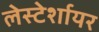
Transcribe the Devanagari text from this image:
लेस्टेर्शायर